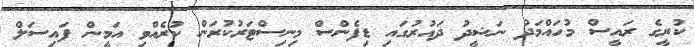
ކުރީގެ ރައީސް މުހައްމަދު ނަޝީދު ދައުރުގައި ޑިފެންސް މިނިސްޓަރުކުރަން ކުރެއްވި އަމީން ފައިސަލް